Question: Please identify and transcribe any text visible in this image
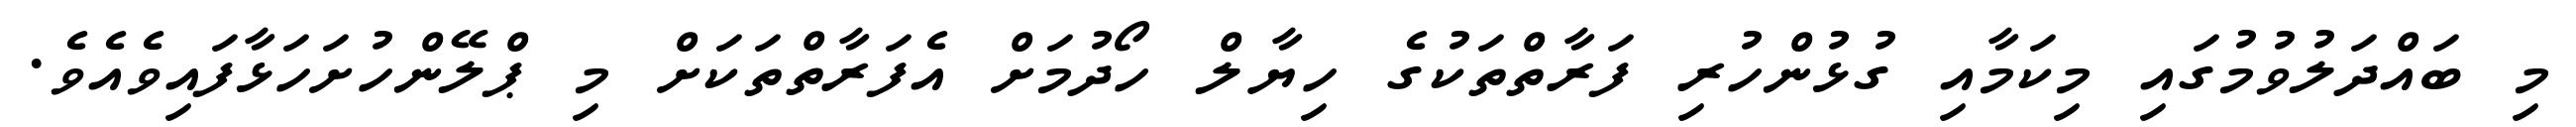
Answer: މި ބައްދަލުވުމުގައި މިކަމާއި ގުޅުންހުރި ފަރާތްތަކުގެ ހިޔާލް ހޯދުމަށް އެފަރާތްތަކަށް މި ޕްލޭންހުށަހަޅާފައިވެއެވެ.